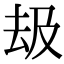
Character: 叝